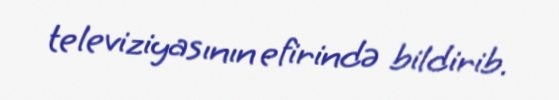
televiziyasının efirində bildirib.